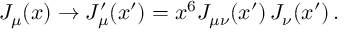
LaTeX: J _ { \mu } ( x ) \rightarrow J _ { \mu } ^ { \prime } ( x ^ { \prime } ) = x ^ { 6 } J _ { \mu \nu } ( x ^ { \prime } ) \, J _ { \nu } ( x ^ { \prime } ) \, .